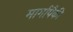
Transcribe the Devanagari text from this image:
मार्गापैकी